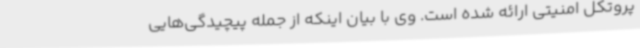
پروتکل امنیتی ارائه شده است. وی با بیان اینکه از جمله پیچیدگی‌هایی